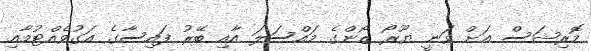
މޮރިޝަސް އަށް ވަނީ ޔޫރޯ ޒޯންގެ މައްސަލަ އާއި ބޭރު ފައިސާގެ އަގުވެއްޓުމާއި